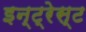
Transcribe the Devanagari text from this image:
इन्ट्रेस्ट